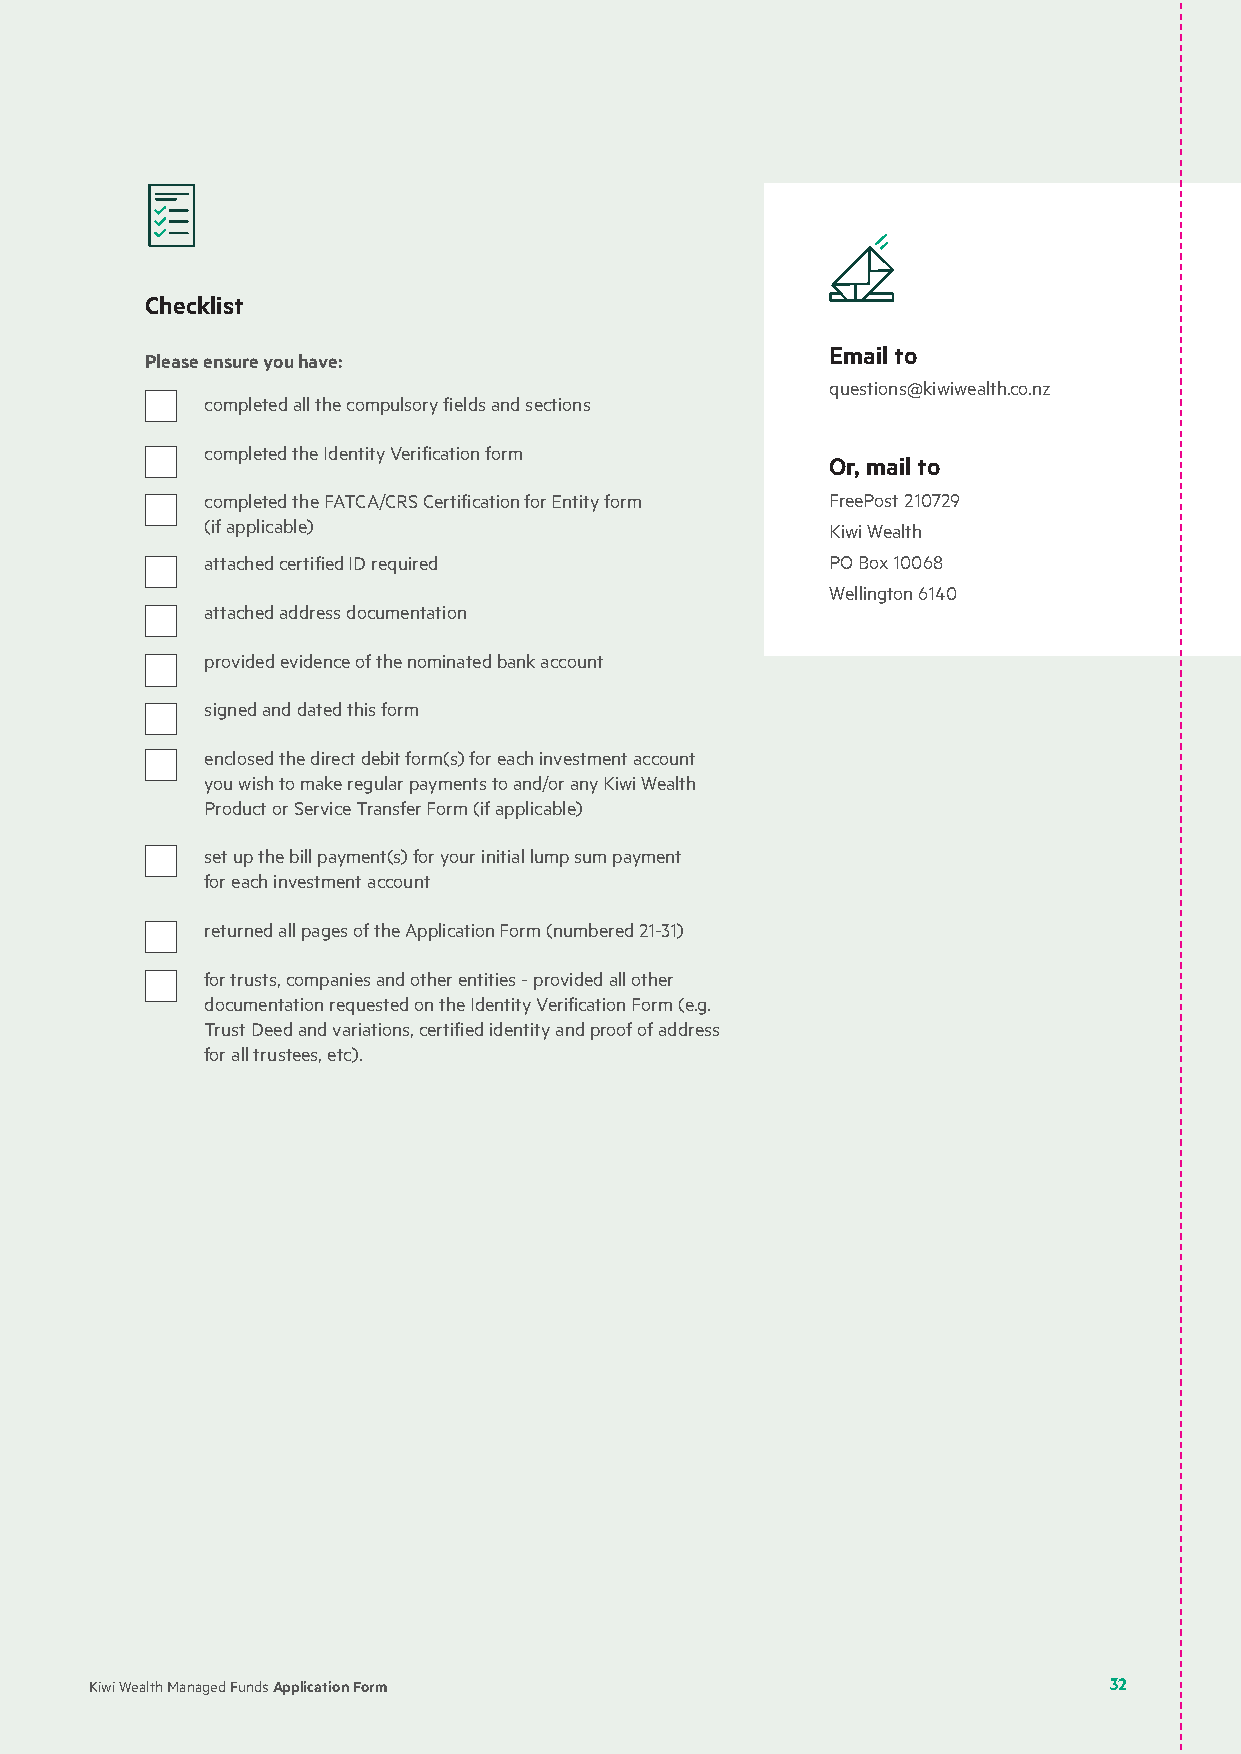
Checklist
 Email to
 Please ensure you have:
 questions@kiwiwealth.co.nz
 completed all the compulsory fields and sections
 completed the Identity Verification form
 Or, mail to
 completed the FATCA/CRS Certification for Entity form FreePost 210729
 (if applicable)                          Kiwi Wealth
 attached certified ID required           PO Box 10068
 Wellington 6140
 attached address documentation
 provided evidence of the nominated bank account
 signed and dated this form
 enclosed the direct debit form(s) for each investment account
 you wish to make regular payments to and/or any Kiwi Wealth
 Product or Service Transfer Form (if applicable)
 set up the bill payment(s) for your initial lump sum payment
 for each investment account
 returned all pages of the Application Form (numbered 21-31)
 for trusts, companies and other entities - provided all other
 documentation requested on the Identity Verification Form (e.g.
 Trust Deed and variations, certified identity and proof of address
 for all trustees, etc).
 Kiwi Wealth Managed Funds Application Form                         32